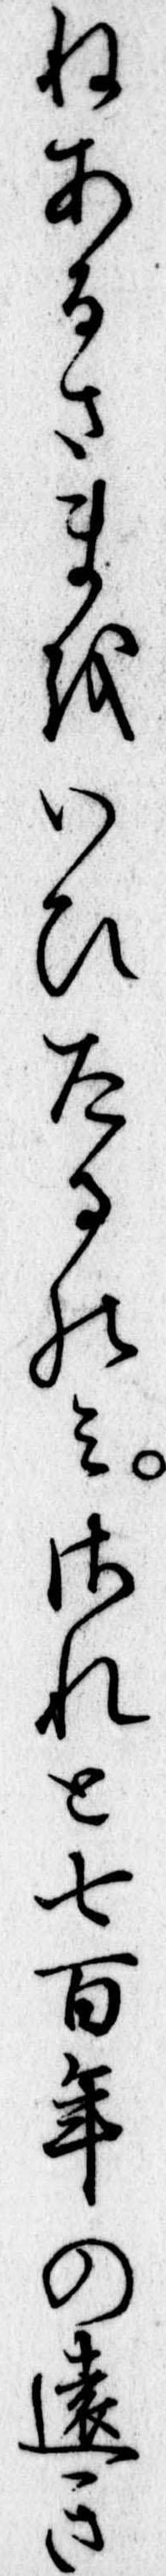
ねあるさまをいひたるのみされと七百年の遠き